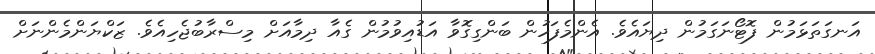
އަނގަތަޅަމުން ފޮޓޯނަގަމުން ދިޔައެވެ. އެންމެފަހުން ބަންގިގޮވާ އަޑުއިވުމުން ގެއާ ދިމާއަށް މިސްރާބުޖެހިއެވެ. ޒަކްޔަންމެންނަށް